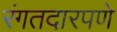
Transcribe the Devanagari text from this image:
रंगतदारपणे